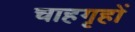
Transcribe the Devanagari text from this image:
चाहगृहों